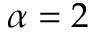
\alpha = 2